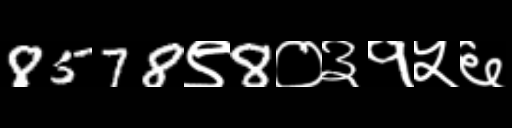
Text: 8578९8०३१५६